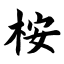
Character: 桉